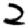
Digit: 2